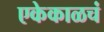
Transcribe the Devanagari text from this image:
एकेकाळचं